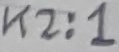
Text: K2:1